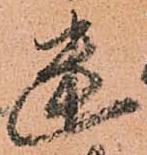
幽